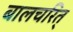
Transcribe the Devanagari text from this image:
बालचरित्